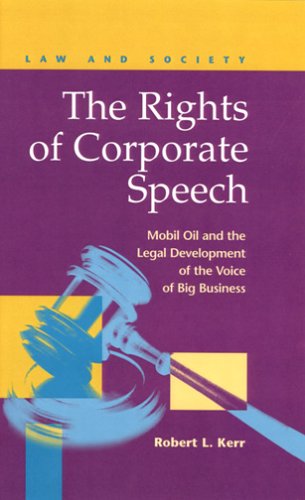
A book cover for Rights of Corporate Speech: Mobil Oil and the Legal Development of the Voice of Big Business (Law and Society: Recent Scholarship); Robert L. Kerr; Law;